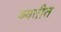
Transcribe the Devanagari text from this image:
ब्यतीत